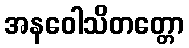
အနဝေါသိတတ္တော